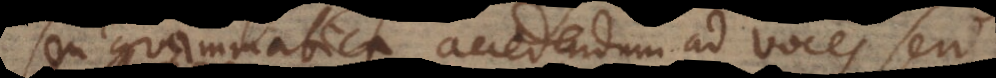
seu grammatica accedendum ad voces seu